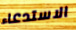
الاستدعاء